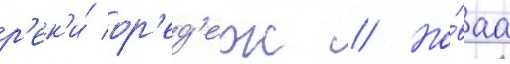
р'ек'и́ ор'ед'еж // Но́ваа